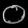
Digit: ၀